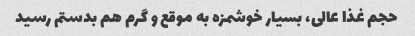
حجم غذا عالی، بسیار خوشمزه به موقع و گرم هم بدستم رسید